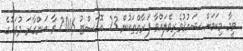
ވީމާ މިކަމަށް ޝައުޤުވެރިވެލައްވާ ފަރާތްތަކުން 23 އޮގަސްޓު 2016 ވާ އަންގާރަ ދުވަހުގެ